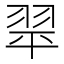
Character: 𦐜